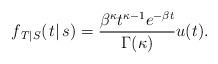
LaTeX: \begin{align*}{f_{\left. T \right|S}}(\left. t \right|s) = \frac{{{\beta ^\kappa }{t^{\kappa - 1}}{e^{ - \beta t}}}}{{\Gamma (\kappa )}}u(t).\end{align*}